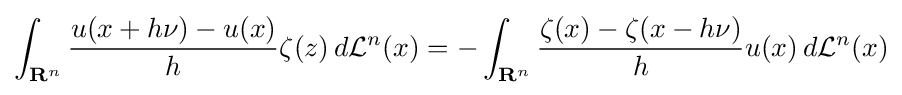
\int _{\mathbf {R} ^{n}}{\frac {u(x+h\nu )-u(x)}{h}}\zeta (z)\,d{\mathcal {L}}^{n}(x)=-\int _{\mathbf {R} ^{n}}{\frac {\zeta (x)-\zeta (x-h\nu )}{h}}u(x)\,d{\mathcal {L}}^{n}(x)